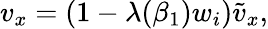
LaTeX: v_{x}=(1-\lambda(\beta_{1})w_{i})\tilde{v}_{x},